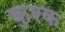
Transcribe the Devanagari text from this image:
कुश्क